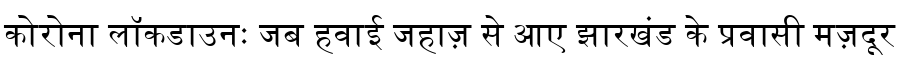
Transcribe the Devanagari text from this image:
कोरोना लॉकडाउनः जब हवाई जहाज़ से आए झारखंड के प्रवासी मज़दूर